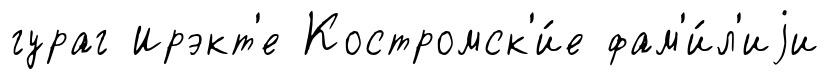
гураг Ирэкт'е Костромск'и́е фам'и́л'иjи